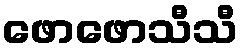
ဖောဖောသီသီ